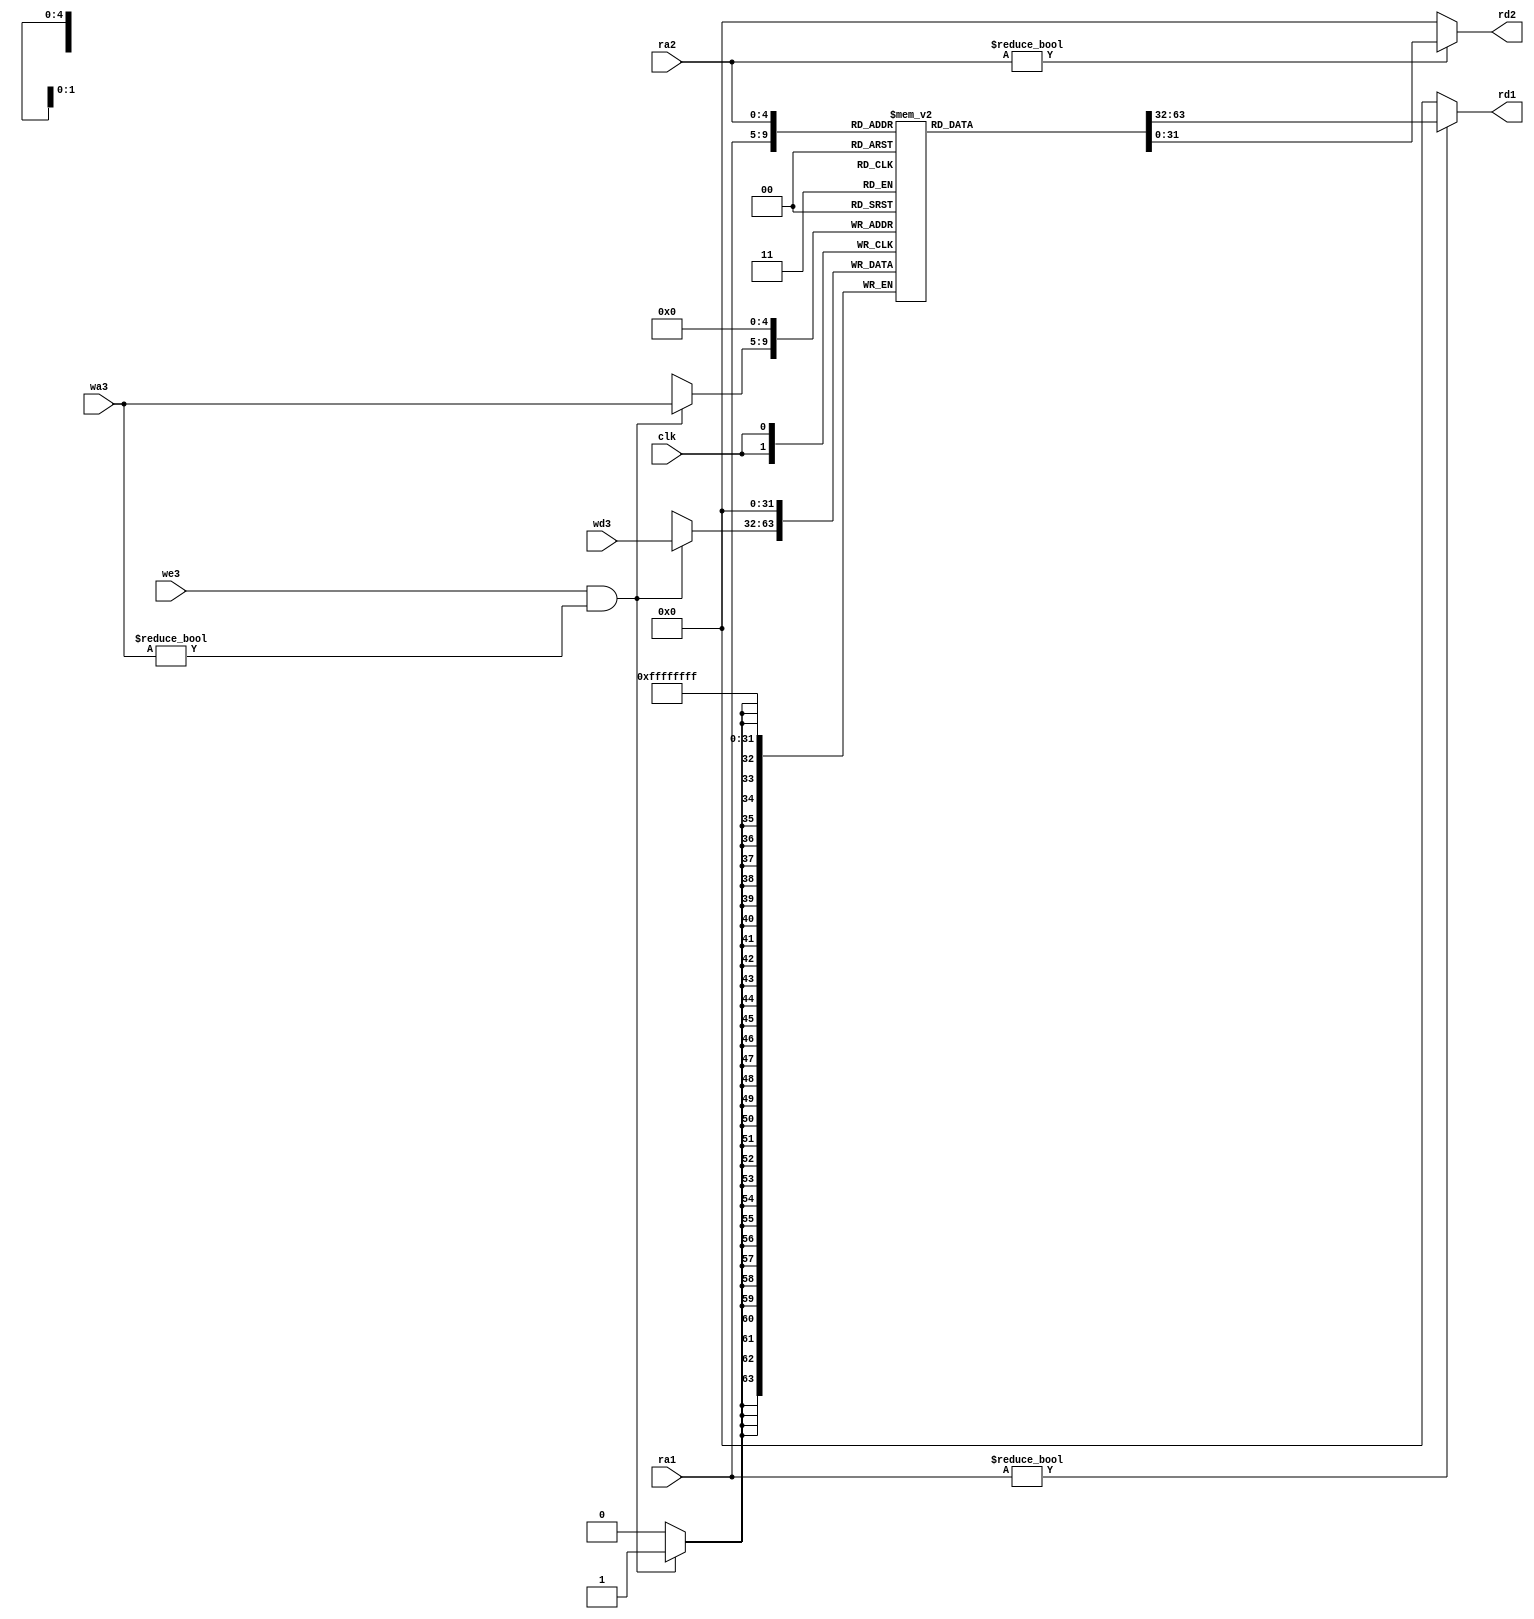
`timescale 1ns / 1ps
//////////////////////////////////////////////////////////////////////////////////
// Company: 
// Engineer: 
// 
// Design Name: 
// Module Name: regfile
// Project Name: 
// Target Devices: 
// Tool Versions: 
// Description: 
// 
// Dependencies: 
// 
// Revision:
// Revision 0.01 - File Created
// Additional Comments:
// 
//////////////////////////////////////////////////////////////////////////////////


module regfile(input clk, input we3, input[4:0]ra1,ra2,wa3, input [31:0]wd3, output [31:0]rd1,rd2);
reg [31:0]rf[31:0];
assign rd1 = (ra1!=0)?rf[ra1]:'d0;
assign rd2 = (ra2!=0)?rf[ra2]:'d0;
always @(negedge clk)
    begin
    rf[0] = 32'b0;
    if(we3 & wa3 != 32'b0) rf[wa3] = wd3;
    end
endmodule